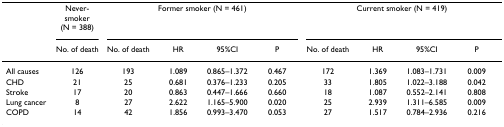
|  | Never-smoker (N = 388) | <COLSPAN=4> Former smoker (N = 461) | <COLSPAN=4> Current smoker (N = 419) |
 |  | No. of death | No. of death | HR | 95%CI | P | No. of death | HR | 95%CI | P |
 | --- | --- | --- | --- | --- | --- | --- | --- | --- | --- |
 | All causes | 126 | 193 | 1.089 | 0.865–1.372 | 0.467 | 172 | 1.369 | 1.083–1.731 | 0.009 |
 | CHD | 21 | 25 | 0.681 | 0.376–1.233 | 0.205 | 33 | 1.805 | 1.022–3.188 | 0.042 |
 | Stroke | 17 | 20 | 0.863 | 0.447–1.666 | 0.660 | 18 | 1.087 | 0.552–2.141 | 0.808 |
 | Lung cancer | 8 | 27 | 2.622 | 1.165–5.900 | 0.020 | 25 | 2.939 | 1.311–6.585 | 0.009 |
 | COPD | 14 | 42 | 1.856 | 0.993–3.470 | 0.053 | 27 | 1.517 | 0.784–2.936 | 0.216 |